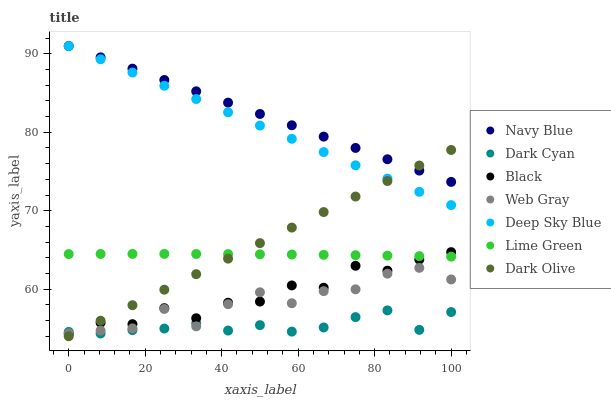
| xaxis_label | Navy Blue | Dark Cyan | Black | Web Gray | Deep Sky Blue | Lime Green | Dark Olive |
 | --- | --- | --- | --- | --- | --- | --- | --- |
 | 0 | 91 | 54.6 | 54.3 | 54.4 | 91 | 64.5 | 54 |
 | 8.33 | 89.6 | 54.3 | 55.7 | 54.7 | 89.3 | 64.5 | 56 |
 | 16.7 | 88.1 | 54.8 | 55.5 | 55 | 87.6 | 64.5 | 58 |
 | 25 | 86.7 | 55 | 57.6 | 57.5 | 85.9 | 64.5 | 59.9 |
 | 33.3 | 85.2 | 55.6 | 56.3 | 55.3 | 84.2 | 64.5 | 61.9 |
 | 41.7 | 83.8 | 54.7 | 58.3 | 58.1 | 82.6 | 64.5 | 63.9 |
 | 50 | 82.3 | 55.4 | 58.4 | 59.6 | 80.9 | 64.4 | 65.9 |
 | 58.3 | 80.9 | 54.6 | 60.5 | 58.2 | 79.2 | 64.4 | 67.9 |
 | 66.7 | 79.5 | 55.1 | 60.2 | 59.8 | 77.5 | 64.4 | 69.8 |
 | 75 | 78 | 56.4 | 63 | 60 | 75.8 | 64.3 | 71.8 |
 | 83.3 | 76.6 | 57.3 | 62.4 | 62 | 74.1 | 64.3 | 73.8 |
 | 91.7 | 75.1 | 54.8 | 63.8 | 62.7 | 72.4 | 64.2 | 75.8 |
 | 100 | 73.7 | 57.1 | 64.7 | 61.2 | 70.7 | 64.2 | 77.7 |